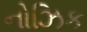
નોઝિક